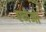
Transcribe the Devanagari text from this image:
एनेजो